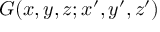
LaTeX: G ( x , y , z ; x ^ { \prime } , y ^ { \prime } , z ^ { \prime } )